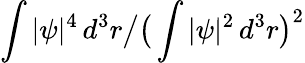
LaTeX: \int|\psi|^{4}\, d^{3}r\big/\big(\int|\psi|^{2}\, d^{3}r\big)^{2}